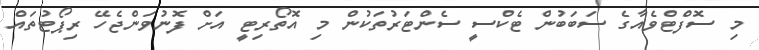
މި ސޮފްޓްވެއާގެ ސަބަބުން ޓެކްސީ ސެންޓަރުތަކުން މި އޮތޯރިޓީ އަށް ފޮނުވަންޖެހޭ ރިޕޯޓުތައް